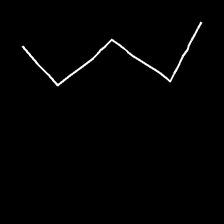
Glyph: crush